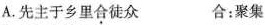
A.先主于乡里合徒众 合:聚集